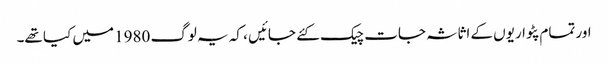
اور تمام پٹواریوں کے اثاثہ جات چیک کئے جائیں ، کہ یہ لوگ 1980 میں کیا تھے۔